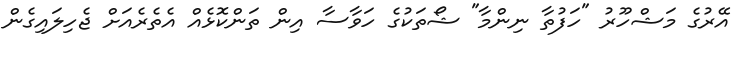
އޭރުގެ މަޝްހޫރު "ހަފުތާ ނިންމާ" ޝޯތަކުގެ ހަވާސާ އިން ތަންކޮޅެއް އެތެރެއަށް ޖެހިލައިގެން